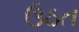
ઉઠત